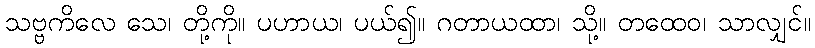
သဗ္ဗကိလေ သေ၊ တို့ကို။ ပဟာယ၊ ပယ်၍။ ဂတာယထာ၊ သို့။ တထေဝ၊ သာလျှင်။